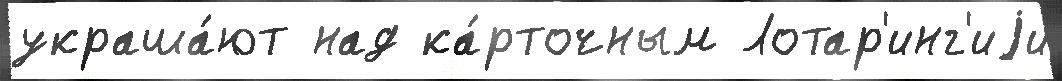
украша́ют над ка́рточным Лотар'инг'иjи